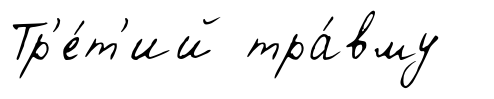
Тр'е́т'ий тра́вму